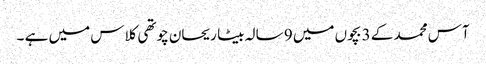
آس محمد کے 3 بچوں میں 9 سالہ بیٹا ریحان چوتھی کلاس میں ہے ۔